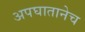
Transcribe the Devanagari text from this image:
अपघातानेच